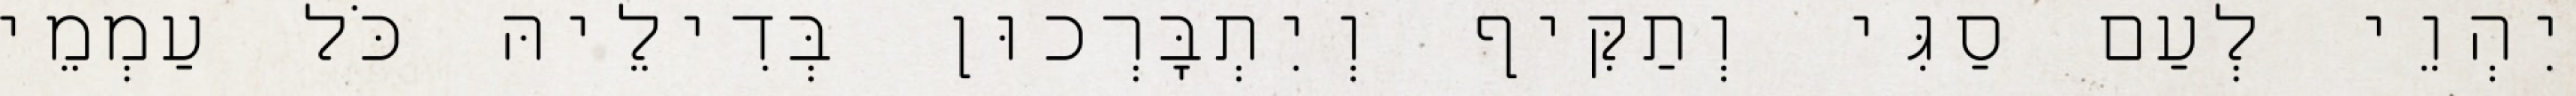
יִהְוֵי לְעַם סַגִּי וְתַקִּיף וְיִתְבָּרְכוּן בְּדִילֵיהּ כֹּל עַמְמֵי